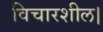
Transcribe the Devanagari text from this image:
विचारशील।